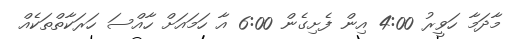
މާދަމާ ހަވީރު 4:00 އިން ފެށިގެން 6:00 އާ ހަމައަށް ހާއްސަ ހަރަކާތްތަކެއް